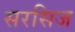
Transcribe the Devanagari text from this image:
सरसिज